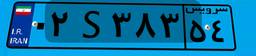
۰۲S۳۸۳۵۴